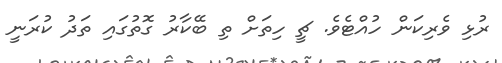
ރުޅި ވެރިކަން ހުއްޓެވެ. ޗީ ހިތަށް ތި ބޭކާރު ގޮތުގައި ތަދު ކުރަނީ